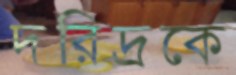
দরিদ্রকে